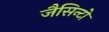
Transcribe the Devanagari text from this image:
जैसिन्टो